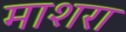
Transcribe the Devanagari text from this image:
माशरा